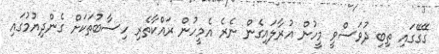
ގޭގޭގައި ތިބި ދުވަސްވީ މީހުން އުރާލައިގެން ނެރެ އެމީހުން ރައްކާތެރި ހިސާބުތަކަށް ގެންދިޔުމުގައި